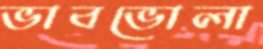
ভাবভোলা